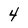
Character: 4